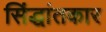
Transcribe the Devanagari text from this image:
सिंद्धांतकार